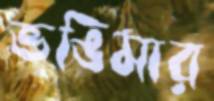
ভঙিমার